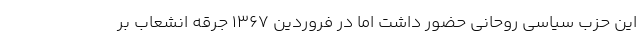
این حزب سیاسی روحانی حضور داشت اما در فروردین ۱۳۶۷ جرقه انشعاب بر